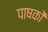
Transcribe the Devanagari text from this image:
पाषकों